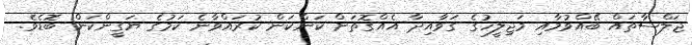
ޖަލްސާތައް ބޭއްވުމާއި މަޖިލީހުގެ ގަވާއިދާ އެއްގޮތަށް ކަންކަން ކުރައްވާނެ ކަމުގެ ޔަގީންކަން ބޮޑެވެ.